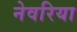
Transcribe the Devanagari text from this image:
नेवरिया